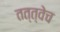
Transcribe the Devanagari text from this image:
तत्त्वेच